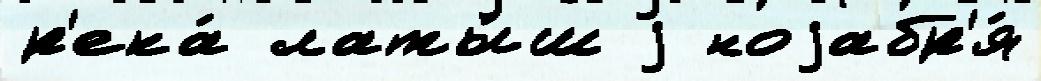
р'ека́ латы́ш j ноjабр'я́